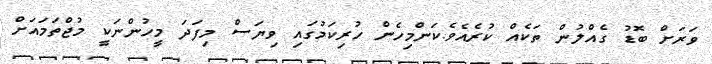
ވަރަށް ބޮޑު ގެއްލުން ތަކެއް ކުރެއެވެ.ކަންމިހެން ހުރިކަމުގައި ވިޔަސް މިފަދަ މީހުންނަކީ މުޖްތަމައަށް